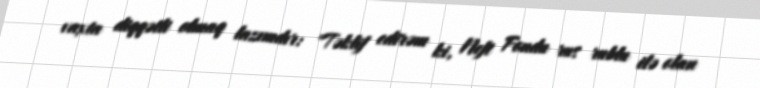
vaxta diqqətli olmaq lazımdır: "Təklif edirəm ki, Neft Fondu rus rublu ilə olan